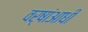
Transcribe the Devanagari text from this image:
वर्षांआधी